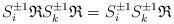
LaTeX: \begin{align*}S^{\pm 1}_i\mathfrak{R} S^{\pm 1}_k\mathfrak{R}=S^{\pm 1}_i S^{\pm 1}_k\mathfrak{R}\end{align*}